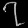
Digit: ၇